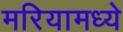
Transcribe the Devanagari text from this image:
मरियामध्ये